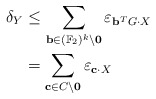
\begin{align*}\delta_Y& \leq \sum_{\mathbf{b} \in (\mathbb{F}_2)^k \setminus \mathbf{0}} \varepsilon_{\mathbf{b}^TG\cdot X}\\& = \sum_{\mathbf{c} \in C \setminus \mathbf{0}} \varepsilon_{\mathbf{c} \cdot X}\end{align*}